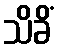
သိခိံ